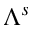
\Lambda ^ { s }